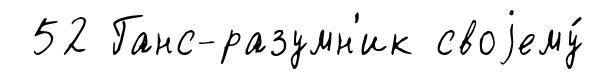
52 Ганс-разумн'ик своjему́